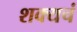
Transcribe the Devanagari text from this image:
शक्यचं